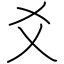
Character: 爻